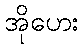
အိုဟေး